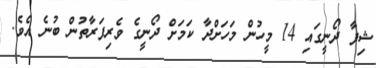
ޝިފާ ދޯނީގައި 14 މީހުން މަހަށްދާ ކަމަށް ދޯނީގެ ވެރިފަރާތުން ބުނެ އެވެ.